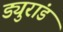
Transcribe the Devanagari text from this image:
ड्युरांड